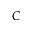
C